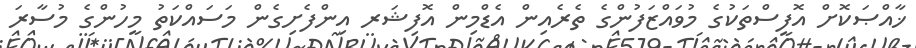
ޚާއްޞަކޮށް އޮފީސްތަކުގެ މުވައްޒަފުންގެ ތެެރެއިން އެޑްމިން އޮފިޝަރ އިންފެށިގެން މަސައްކަތު މީހުންގެ މުސާރަ